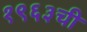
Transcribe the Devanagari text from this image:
१९६३ची